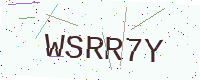
Text: WSRR7Y